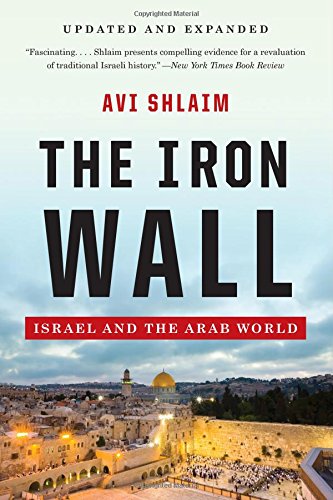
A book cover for The Iron Wall: Israel and the Arab World (Updated and Expanded); Avi Shlaim; History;